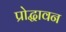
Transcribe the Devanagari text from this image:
प्रोद्धावन